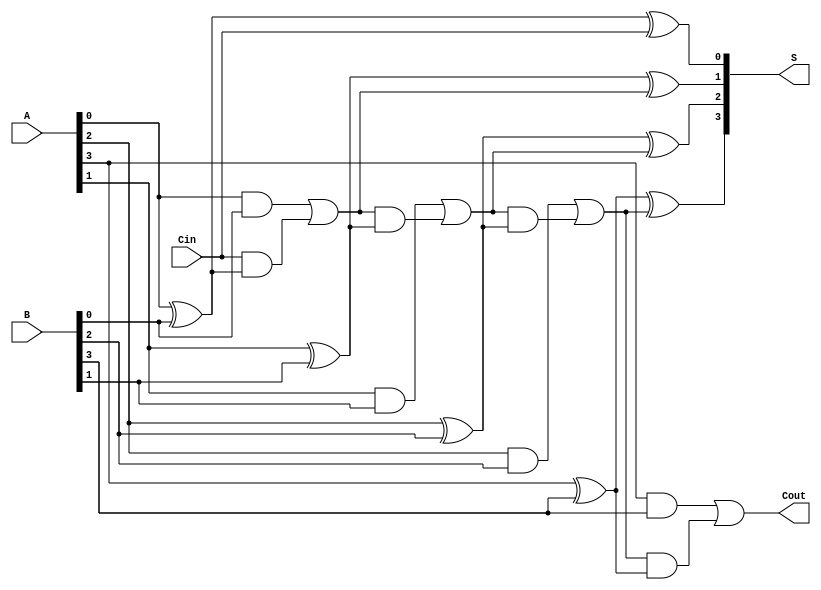
module ManchesterCarryChainAdder #(parameter N = 4) (
    input wire [N-1:0] A,    // First n-bit input
    input wire [N-1:0] B,    // Second n-bit input
    input wire Cin,           // Carry-in
    output wire [N-1:0] S,    // n-bit sum output
    output wire Cout          // Carry-out
);

    wire [N:0] carry; // Carry signals, including carry-out
    assign carry[0] = Cin; // Initial carry-in

    genvar i;
    generate
        for (i = 0; i < N; i = i + 1) begin : carry_chain
            // Carry generation for each bit
            assign carry[i + 1] = (A[i] & B[i]) | (carry[i] & (A[i] ^ B[i]));
            // Sum calculation for each bit
            assign S[i] = A[i] ^ B[i] ^ carry[i];
        end
    endgenerate

    // Carry-out is the last carry generated
    assign Cout = carry[N];

endmodule